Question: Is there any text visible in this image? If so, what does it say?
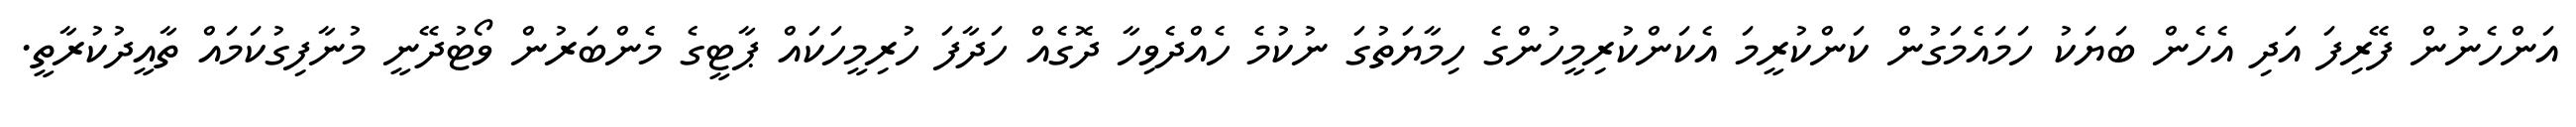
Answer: އަންހެނުން ފޭރިފަ އަދި އެހެން ބަޔަކު ހަމައެމަގުން ކަންކުރީމަ އެކަންކުރިމީހުންގެ ހިމާޔަތުގަ ނުކުމެ ހެއްދެވިހާ ދޮގެއް ހަދާފަ ހުރިމީހަކައް ޕާޓީގެ މެންބަރުން ވޯޓުދޭނީ މުނާފިގުކަމައް ތާއީދުކުރާތީ.